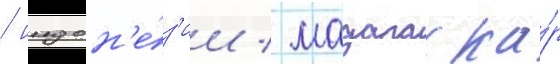
/ индон'е́з'ии / мадагаска́р